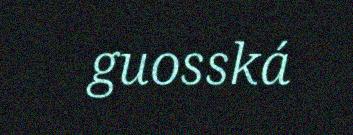
guosská